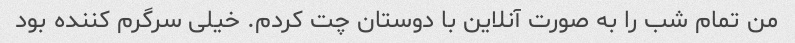
من تمام شب را به صورت آنلاین با دوستان چت کردم. خیلی سرگرم کننده بود